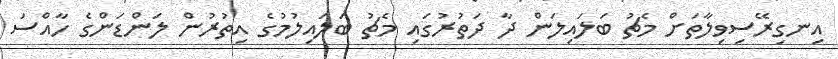
އިނގިރޭސިވިލާތަށް މެޗު ބަލައިލަން ދާ ދަތުރުގައި މެޗު ބަލައިލުމުގެ އިތުރުން ލަންޑަންގެ ހާއްސަ